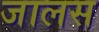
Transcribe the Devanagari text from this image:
जालस